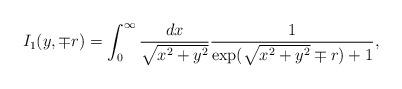
LaTeX: \begin{align*}I_1(y,\mp r)=\int_{0}^{\infty}\frac{dx}{\sqrt{x^2+y^2}}\frac{1}{\exp(\sqrt{x^2+y^2}\mp r)+1},\end{align*}